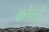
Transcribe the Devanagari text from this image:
कोत्तई